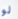
لو